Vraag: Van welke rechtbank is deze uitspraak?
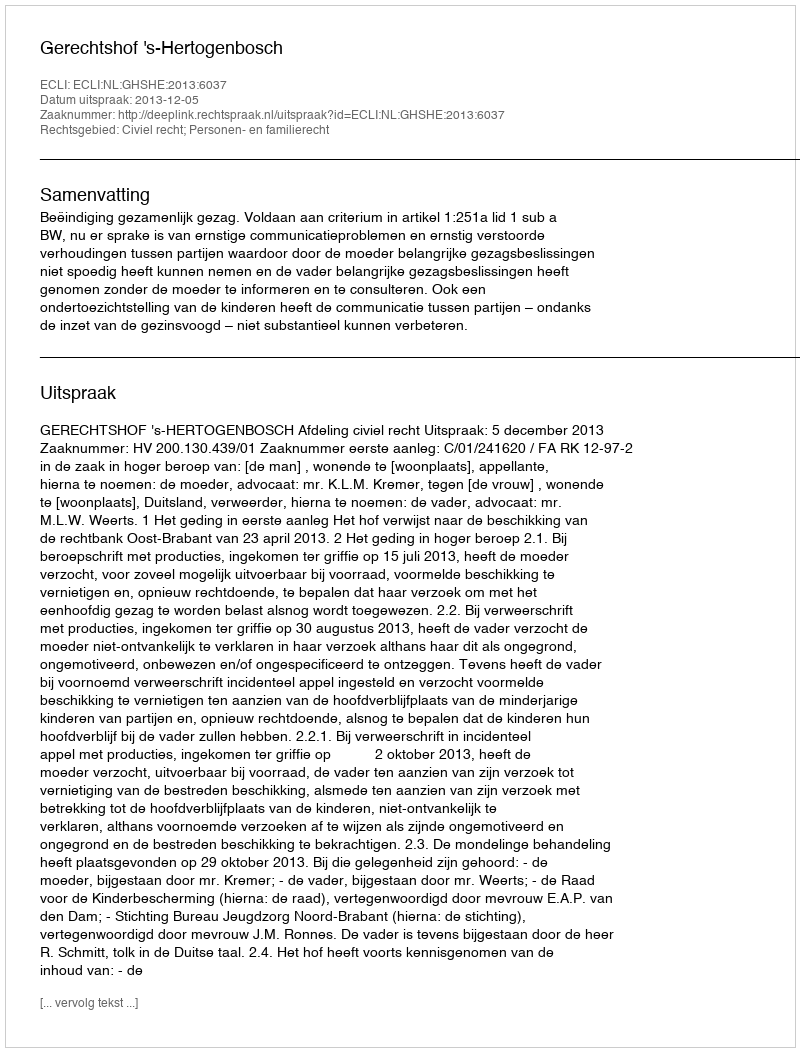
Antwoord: Gerechtshof 's-Hertogenbosch